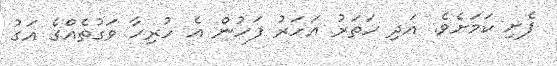
ފެށި ކަމަށެވެ. އަދި ހަތަރު އަހަރު ފަހުން އެ ހުރިހާ ވަގުތެއްގެ އަގު